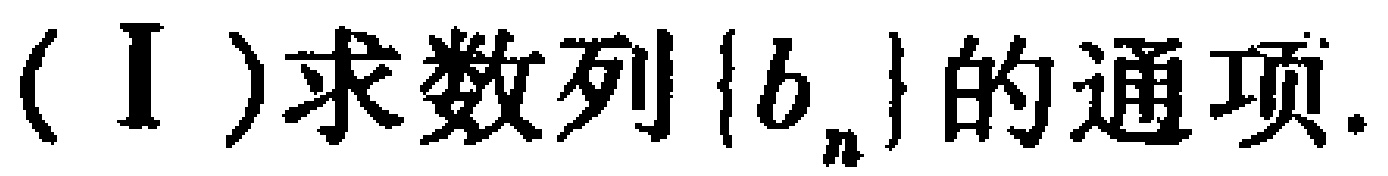
(Ⅰ)求数列\(\{b_{n}\}\)的通项.